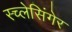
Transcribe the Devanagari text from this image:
स्च्लेसिंगेर